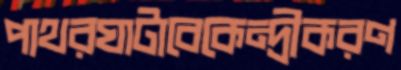
পাথরঘাটাবেকেন্দ্রীকরণ